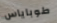
طوباياس